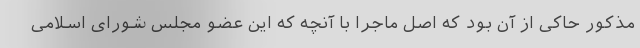
مذکور حاکی از آن بود که اصل ماجرا با آنچه که این عضو مجلس شورای اسلامی